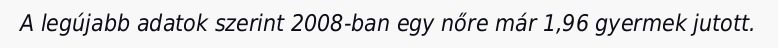
A legújabb adatok szerint 2008-ban egy nőre már 1,96 gyermek jutott.